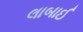
લાબાઈ